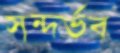
সন্দর্ভব